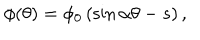
\phi ( \theta ) = \phi _ { 0 } \left( \sin \alpha \theta - s \right) ,